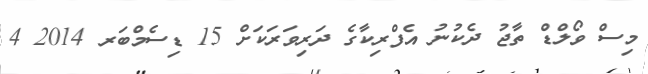
މިސް ވޯލްޑް ތާޖު ދެކުނު އެފްރިކާގެ ދަރިވަރަކަށް 15 ޑިސެމްބަރ 2014 4